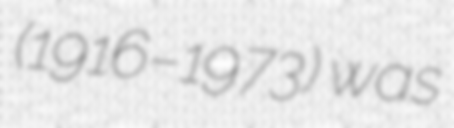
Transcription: (1916–1973) was